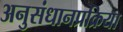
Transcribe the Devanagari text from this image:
अनुसंधानप्रक्रिया